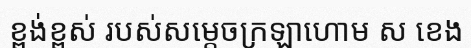
ខ្ពង់ខ្ពស់ របស់សម្តេចក្រឡាហោម ស ខេង